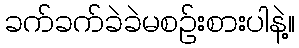
ခက်ခက်ခဲခဲမစဉ်းစားပါနဲ့။